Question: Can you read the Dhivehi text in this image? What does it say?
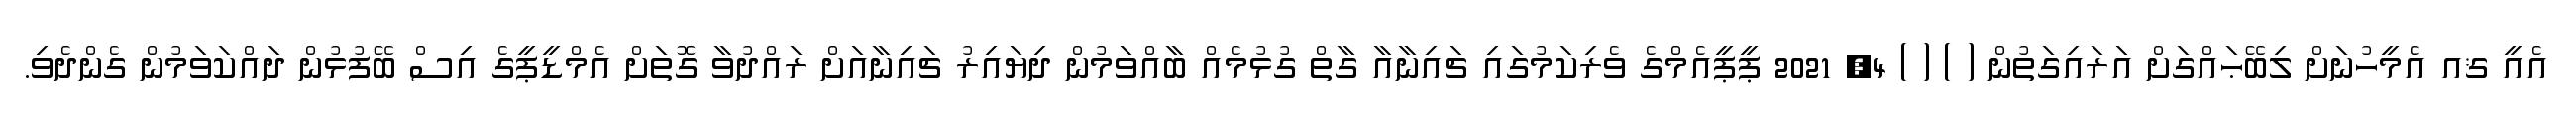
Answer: އެއީ ޤއ އެމީހުނަށް ލިބޭޙައްގަށް އަރައިގަތުން ( ) ( ) 4, 2021 ޕީޕީއެމްގެ ވެރިކަމުގައި ޗައިނާއާ ގާތް ގުޅުމެއް ބާއްވަމުން ދިޔައިރު ޗައިނާއަށް ރައްދުވާ ގޮތަށް އެމްޑީޕީގެ އިސް ބޭފުޅުން ދައްކަވަމުން ގެންދެވި.